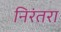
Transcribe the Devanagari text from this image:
निरंतरा